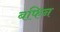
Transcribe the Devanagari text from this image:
बफिन